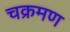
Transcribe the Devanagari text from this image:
चक्रमण